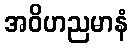
အဝိဟညမာနံ